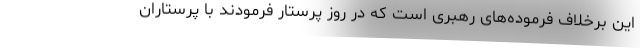
این برخلاف فرموده‌های رهبری است که در روز پرستار فرمودند با پرستاران